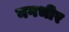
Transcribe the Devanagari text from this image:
नगभीर